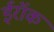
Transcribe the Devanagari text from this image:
ईरॉक